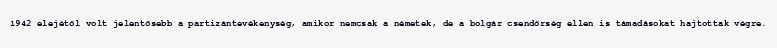
1942 elejétől volt jelentősebb a partizántevékenység, amikor nemcsak a németek, de a bolgár csendőrség ellen is támadásokat hajtottak végre.